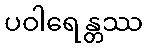
ပဝါရေန္တဿ